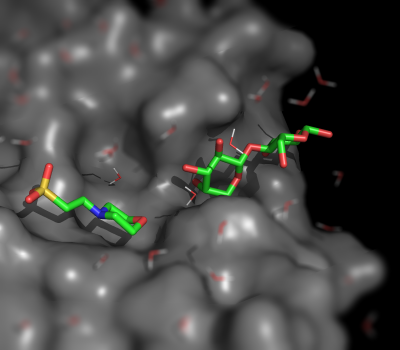
pymol, surface, sticks, h_add solvent